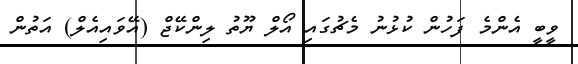
ވީބީ އެންމެ ފަހުން ކުޅުނު މެޗުގައި އޯލް ޔޫތު ލިންކޭޖް (އޭވައިއެލް) އަތުން